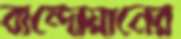
বান্দোয়ানের